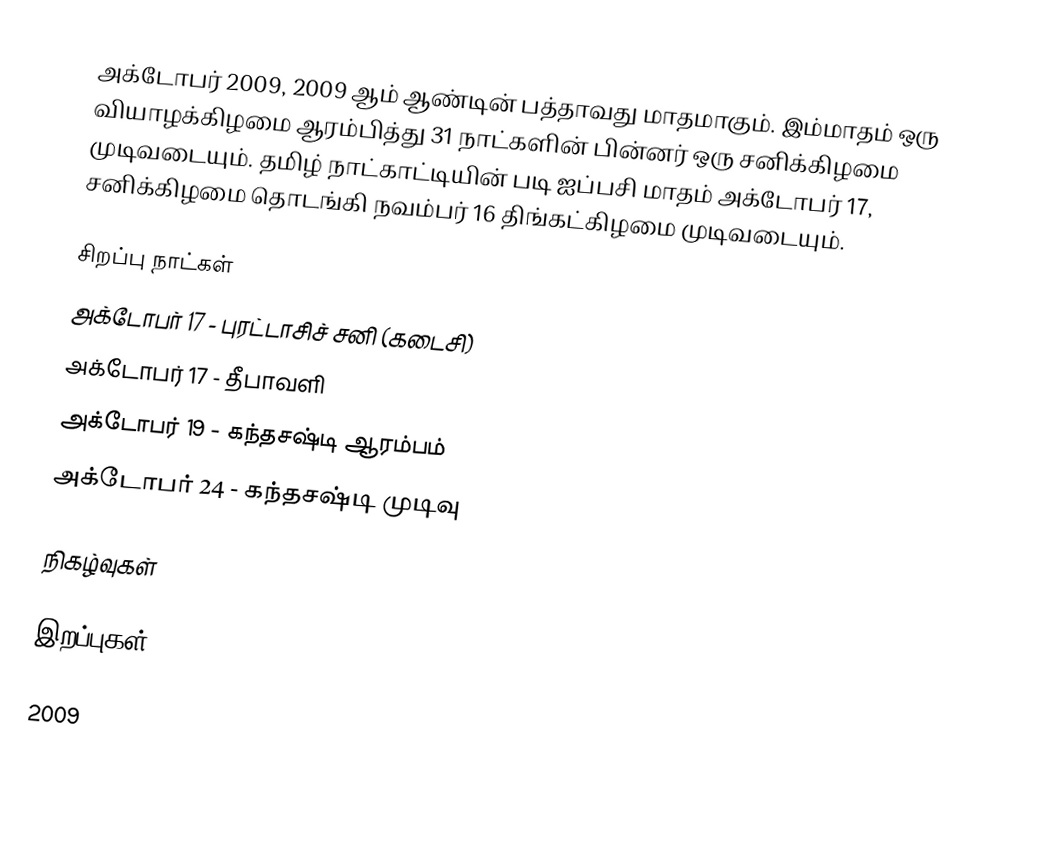
அக்டோபர் 2009, 2009 ஆம் ஆண்டின் பத்தாவது மாதமாகும். இம்மாதம் ஒரு வியாழக்கிழமை ஆரம்பித்து 31 நாட்களின் பின்னர் ஒரு சனிக்கிழமை முடிவடையும். தமிழ் நாட்காட்டியின் படி ஐப்பசி மாதம் அக்டோபர் 17, சனிக்கிழமை தொடங்கி நவம்பர் 16 திங்கட்கிழமை முடிவடையும்.

சிறப்பு நாட்கள்
 அக்டோபர் 17 - புரட்டாசிச் சனி (கடைசி)
 அக்டோபர் 17 - தீபாவளி
 அக்டோபர் 19 - கந்தசஷ்டி ஆரம்பம்
 அக்டோபர் 24 - கந்தசஷ்டி முடிவு

நிகழ்வுகள்

இறப்புகள்

2009